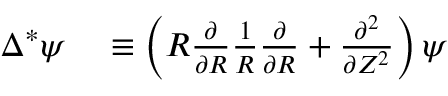
\begin{array} { r l } { \Delta ^ { * } \psi } & { { } \equiv \left( R \frac { \partial } { \partial R } \frac { 1 } { R } \frac { \partial } { \partial R } + \frac { \partial ^ { 2 } } { \partial Z ^ { 2 } } \right) \psi } \end{array}